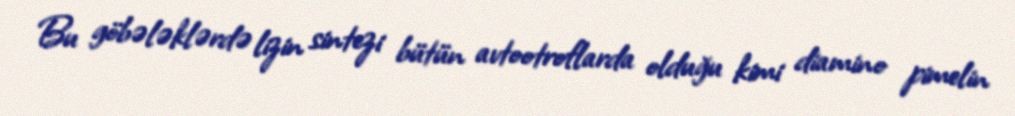
Bu göbələklərdə lizin sintezi bütün avtootroflarda olduğu kimi diamino pimelin